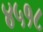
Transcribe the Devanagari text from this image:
४५१८